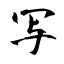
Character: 写